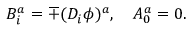
B _ { i } ^ { a } = \mp ( D _ { i } \phi ) ^ { a } , \ \ \ A _ { 0 } ^ { a } = 0 .